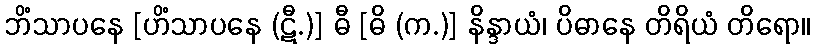
ဘိံသာပနေ [ဟိံသာပနေ (ဋီ.)] ဓီ [ဓိ (က.)] နိန္ဒာယံ၊ ပိဓာနေ တိရိယံ တိရော။